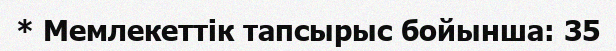
* Мемлекеттік тапсырыс бойынша: 35